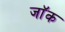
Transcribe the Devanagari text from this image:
जाॅक